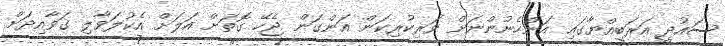
ސައުދީ އަރަބިއްޔާގައި އަންހެނުންނަށް ވަރިކުރިކަން އަންގަން ޖެހޭ ގޮތަށް އަލަށް އެކުލަވާލި ގަވާއިދަށް